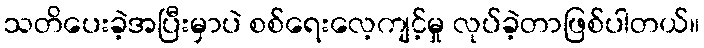
သတိပေးခဲ့အပြီးမှာပဲ စစ်ရေးလေ့ကျင့်မှု လုပ်ခဲ့တာဖြစ်ပါတယ်။